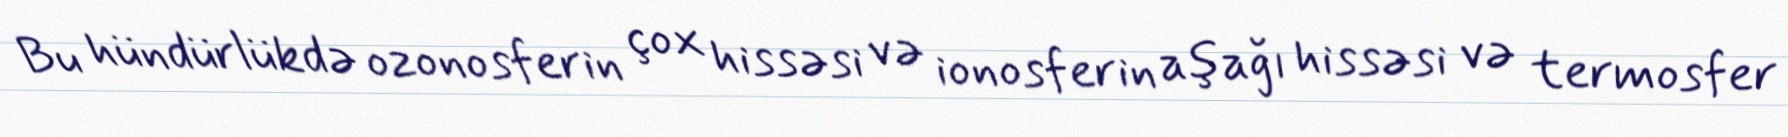
Bu hündürlükdə ozonosferin çox hissəsi və ionosferin aşağı hissəsi və termosfer